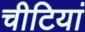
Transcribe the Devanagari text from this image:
चीटियां